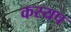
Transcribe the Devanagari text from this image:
कस्यप